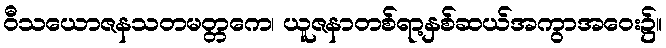
ဝီသယောဇနသတမတ္တကေ၊ ယူဇနာတစ်ရာ့နှစ်ဆယ်အကွာအဝေး၌။